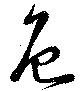
色